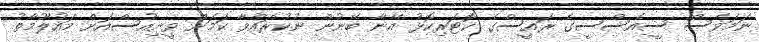
ނަމަވެސް ސީއެސްސީގެ ރައީސްގެ ކޮޓަރިކޮޅު އޭނާ ބޭނުން ނުކުރައްވާ ކަމަށް ވީނިއުސްއަށް މައުލޫމާތު